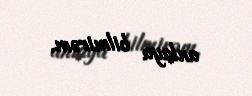
anlaya bilmirəm.